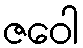
ဇဝေါ